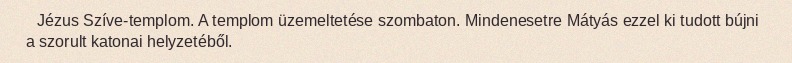
Jézus Szíve-templom. A templom üzemeltetése szombaton. Mindenesetre Mátyás ezzel ki tudott bújni a szorult katonai helyzetéből.